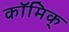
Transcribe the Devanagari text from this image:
कॉमिक्